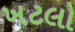
ખટલો